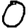
Digit: 0